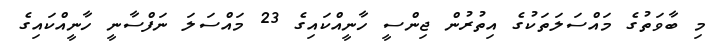
މި ބާވަތުގެ މައްސަލަތަކުގެ އިތުރުން ޖިންސީ ހާނީއްކައިގެ 23 މައްސަލަ ނަފްސާނީ ހާނީއްކައިގެ